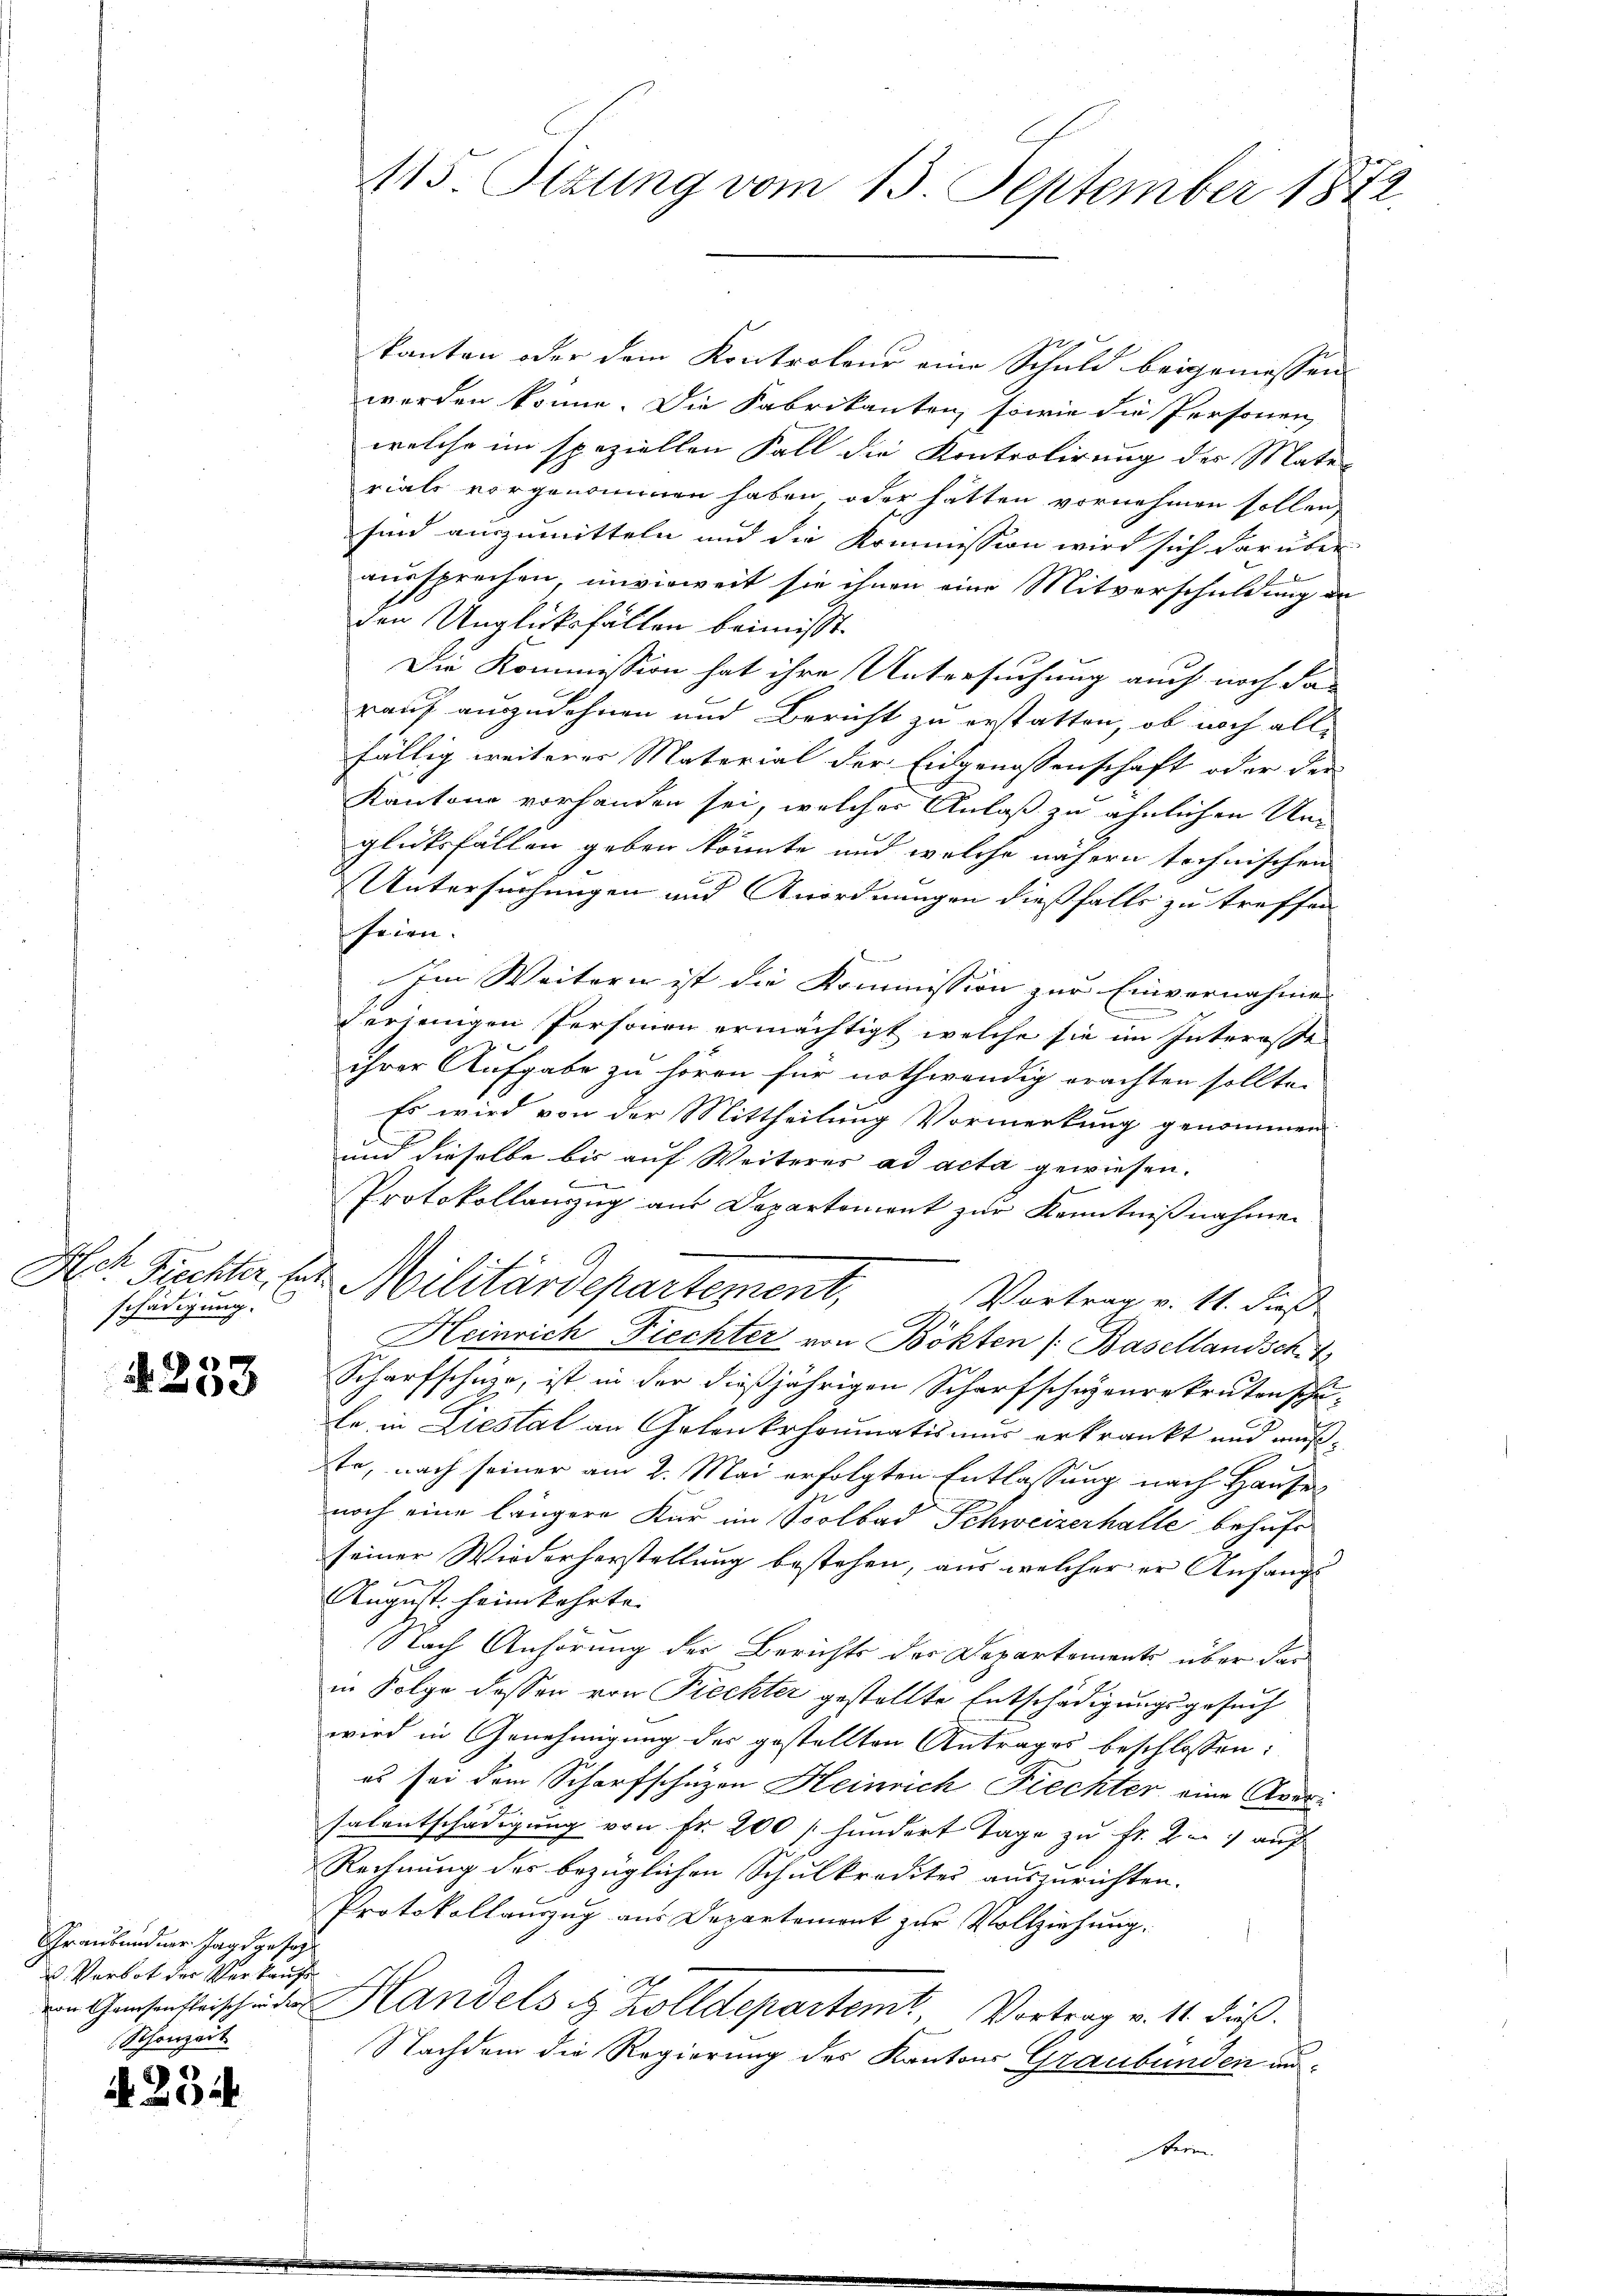
Ich g
schädigung.

4253

Graubündner Jagd gesagt
u. Verbot der Verkaufs
Schonzeit

¬
A. Boc

kanton oder dem Kontroleur eine Schuld beigemessen
werden könne. Die Fabrikanten, sowie die Personen,
welche im speziellen Fall die Kontrolirung der Mater
rials vorgenommen haben oder hatten vornehmen sollen,
sind auszumitteln und die Kommission wird sich darüber
aussprechen, unverweit sie ihnen eine Mitverschuldung de
den Unglücksfällen beimisst.
Die Kommission hat ihre Untersuchung auch noch das
rauf auszudehnen und Bericht zu erstatten, ob noch allfällig weiterer Material der Eidgenossenschaft oder der
Kantone vorhanden sei, welcher Anlaß zu ähnlichen Umglücksfällen geben könnte und welche nähern technischen
Untersuchungen und Anordnungen dießfalls zu treffen
seien.
Im Weitern ist die Kommission zur Einvernahme
derjenigen Personen ermächtigt, welche sie im Interose
ihrer Aufgabe zu hören für nothwendig erachten sollte.
Es wird von der Mittheilung Vormerkung genommen
und dieselbe bis auf Weiteres ad acta gewiesen.
Protokollanzug aus Departement zur Kenntnißnahmen
Prechter, des Militärdepartement,
Vortrag v. 11. dieß
Heinrich-Fiechter von Bökten (Basellandsch.4
Scharfschüze, ist in der dießjährigen Scharfschagenrekruten schule in Liestal an Gelenkrhoumatismus erkrankt und mußste, nach seiner am 2. Mai erfolgten Entlassung nach Hausen
noch eine längere Kur im Soolbad Schweizerhalle behufe
seiner Wiederherstellung bestehen, aus welcher er Anfangs
August heimkehrte.
Nach Anhörung der Berichts der Departements über das
in Folge dessen von Piechter gestellte Entschädigungsgesuch
wird in Genehmigung des gestellten Antrages beschlossen:
es sei dem Scharfschuzen Heinrich Fiechter eine Aversalentschädigung von Fr. 200 / hundert Tage zu Fr. 2. auf
Rechnung des bezüglichen Schulkredites auszurichten.
Protokollauszug aus Departement zur Vollziehung.
n
von Gasansteische der Handels in Zolldepartemt, Vortrag v. 11. dieß.
Nachdem die Regierung des Kantons Graubünden aus¬

115 Sizung vom 15. September 1872